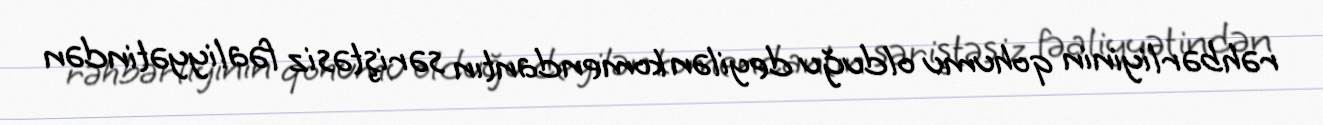
rəhbərliyinin qohumu olduğu deyilən komendantın səriştəsiz fəaliyyətindən